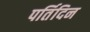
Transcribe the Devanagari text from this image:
पर्तिदिन